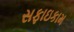
સફાઇકામ